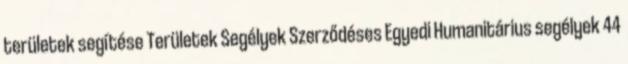
területek segítése Területek Segélyek Szerződéses Egyedi Humanitárius segélyek 44